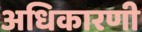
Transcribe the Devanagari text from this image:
अधिकारणी